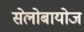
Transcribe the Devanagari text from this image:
सेलोबायोज